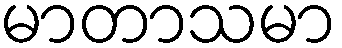
မာတာသမာ